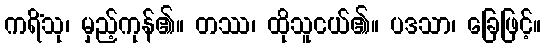
ကရိံသု၊ မှည့်ကုန်၏။ တဿ၊ ထိုသူငယ်၏။ ပဒသာ၊ ခြေဖြင့်။